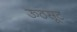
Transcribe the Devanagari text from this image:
ऊठसूट